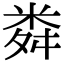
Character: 粦